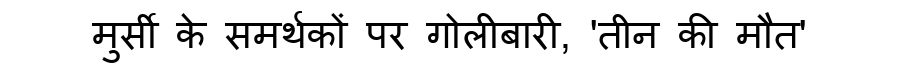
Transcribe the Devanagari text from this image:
मुर्सी के समर्थकों पर गोलीबारी, 'तीन की मौत'